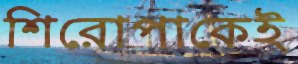
শিরোপাকেই